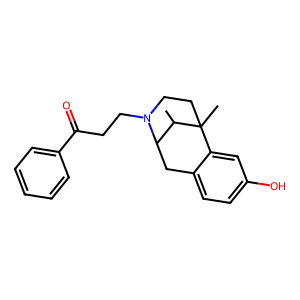
SMILES: CC1C2Cc3ccc(O)cc3C1(C)CCN2CCC(=O)c1ccccc1
Inhibits HIV replication: No